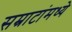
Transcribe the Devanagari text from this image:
सम्राटांमध्ये